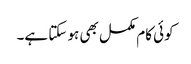
کوئی کام مکمل بھی ہو سکتا ہے۔